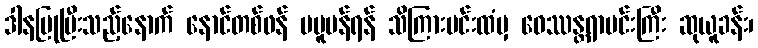
ဒါနပြုပြီးသည့်နောက် နောင်တစ်ဖန် မပူပန်ရန် သိကြားမင်းထံမှ ဝေဿန္တရာမင်းကြီး ဆုယူခန်း၊